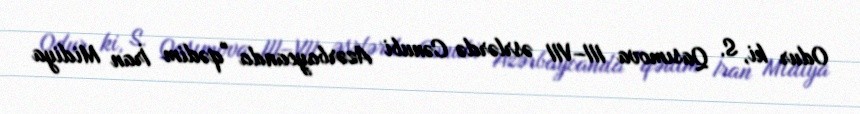
Odur ki, S. Qasımova III–VII əsrlərdə Cənubi Azərbaycanda "qədim İran Midiya